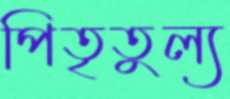
পিতৃতুল্য